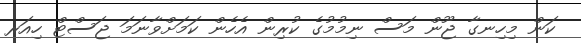
ކަން މިހިނގާ ޖޫން މަސް ނިމުމުގެ ކުރިން އެހެން ކަމަށްވާނަމަ ޖަސްޓް ހިއަރ